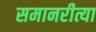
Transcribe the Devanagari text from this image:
समानरीत्या